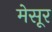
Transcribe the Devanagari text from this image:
मेसूर